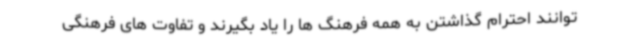
توانند احترام گذاشتن به همه فرهنگ ها را یاد بگیرند و تفاوت های فرهنگی